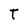
Character: T